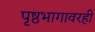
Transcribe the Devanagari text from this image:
पृष्ठभागावरही